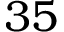
3 5